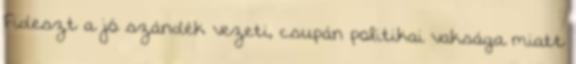
Fideszt a jó szándék vezeti, csupán politikai vaksága miatt